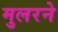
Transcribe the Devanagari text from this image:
मुलरने